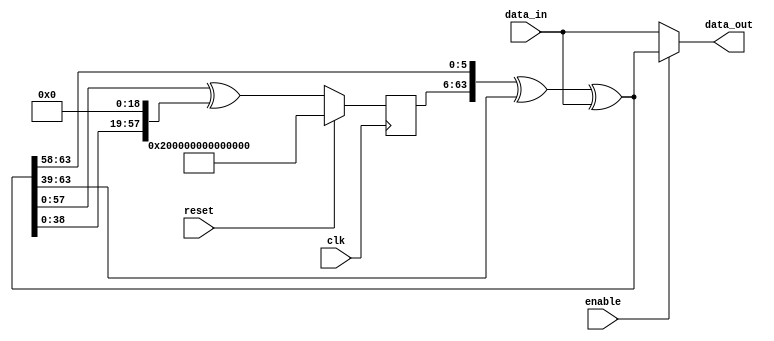
//
// The ADI JESD204 Core is released under the following license, which is
// different than all other HDL cores in this repository.
//
// Please read this, and understand the freedoms and responsibilities you have
// by using this source code/core.
//
// The JESD204 HDL, is copyright  2016-2017 Analog Devices Inc.
//
// This core is free software, you can use run, copy, study, change, ask
// questions about and improve this core. Distribution of source, or resulting
// binaries (including those inside an FPGA or ASIC) require you to release the
// source of the entire project (excluding the system libraries provide by the
// tools/compiler/FPGA vendor). These are the terms of the GNU General Public
// License version 2 as published by the Free Software Foundation.
//
// This core  is distributed in the hope that it will be useful, but WITHOUT ANY
// WARRANTY; without even the implied warranty of MERCHANTABILITY or FITNESS FOR
// A PARTICULAR PURPOSE. See the GNU General Public License for more details.
//
// You should have received a copy of the GNU General Public License version 2
// along with this source code, and binary.  If not, see
// <http://www.gnu.org/licenses/>.
//
// Commercial licenses (with commercial support) of this JESD204 core are also
// available under terms different than the General Public License. (e.g. they
// do not require you to accompany any image (FPGA or ASIC) using the JESD204
// core with any corresponding source code.) For these alternate terms you must
// purchase a license from Analog Devices Technology Licensing Office. Users
// interested in such a license should contact jesd204-licensing@analog.com for
// more information. This commercial license is sub-licensable (if you purchase
// chips from Analog Devices, incorporate them into your PCB level product, and
// purchase a JESD204 license, end users of your product will also have a
// license to use this core in a commercial setting without releasing their
// source code).
//
// In addition, we kindly ask you to acknowledge ADI in any program, application
// or publication in which you use this JESD204 HDL core. (You are not required
// to do so; it is up to your common sense to decide whether you want to comply
// with this request or not.) For general publications, we suggest referencing :
// The design and implementation of the JESD204 HDL Core used in this project
// is copyright  2016-2017, Analog Devices, Inc.
//

`timescale 1ns/100ps

module jesd204_scrambler_64b #(
  parameter WIDTH = 64,
  parameter DESCRAMBLE = 0
) (
  input clk,
  input reset,

  input enable,

  input [WIDTH-1:0] data_in,
  output reg [WIDTH-1:0] data_out
);

reg [57:0] state = {1'b1,57'b0};
wire [WIDTH-1:0] feedback;
wire [WIDTH-1+58:0] full_state;

assign full_state = {state,DESCRAMBLE ? data_in : feedback};
assign feedback = full_state[WIDTH-1+58:58] ^ full_state[WIDTH-1:39] ^ data_in;

always @(*) begin
  if (enable == 1'b0) begin
    data_out = data_in;
  end else begin
    data_out = feedback;
  end
end

always @(posedge clk) begin
  if (reset == 1'b1) begin
    state <= {1'b1,57'b0};
  end else begin
    state <= full_state[57:0] ^ {full_state[38:0],19'b0};
  end
end

endmodule